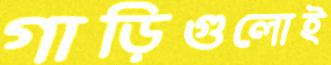
গাড়িগুলোই